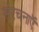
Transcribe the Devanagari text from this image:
संरचनाऍ